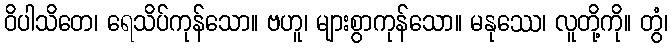
ဝိပါသိတေ၊ ရေသိပ်ကုန်သော။ ဗဟူ၊ များစွာကုန်သော။ မနုဿေ၊ လူတို့ကို။ တွံ၊